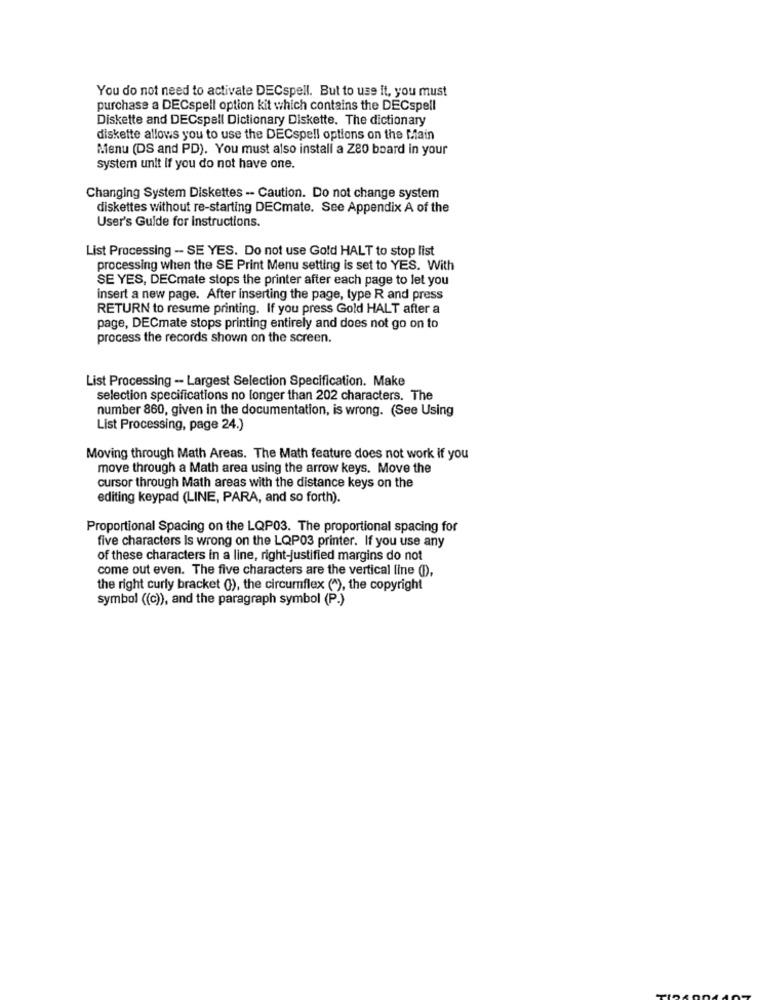
You do not need to activate DECspell. But to use it, you must
purchase a DECspell option kit which contains the DECspell
Diskette and DECspell Dictionary Diskette. The dictionary
diskette allows you to use the DECspell options on the Main
Menu (DS and PD). You must also install a Z80 board in your
system unit if you do not have one.
Changing System Diskettes -- Caution. Do not change system
diskettes without re-starting DECmate. See Appendix A of the
User's Guide for instructions.
List Processing -- SE YES. Do not use Gold HALT to stop list
processing when the SE Print Menu setting is set to YES. With
SE YES, DECmate stops the printer after each page to let you
insert a new page. After inserting the page, type R and press
RETURN to resume printing. If you press Gold HALT after a
page, DECmate stops printing entirely and does not go on to
process the records shown on the screen.
List Processing -- Largest Selection Specification. Make
selection specifications no longer than 202 characters. The
number 860, given in the documentation, is wrong. (See Using
List Processing, page 24.)
Moving through Math Areas. The Math feature does not work if you
move through a Math area using the arrow keys. Move the
cursor through Math areas with the distance keys on the
editing keypad (LINE, PARA, and so forth).
Proportional Spacing on the LQP03. The proportional spacing for
five characters Is wrong on the LQP03 printer. If you use any
of these characters in a line, right-justified margins do not
come out even. The five characters are the vertical line (I).
the right curly bracket (), the circumflex (*), the copyright
symbol ((c)), and the paragraph symbol (P.)